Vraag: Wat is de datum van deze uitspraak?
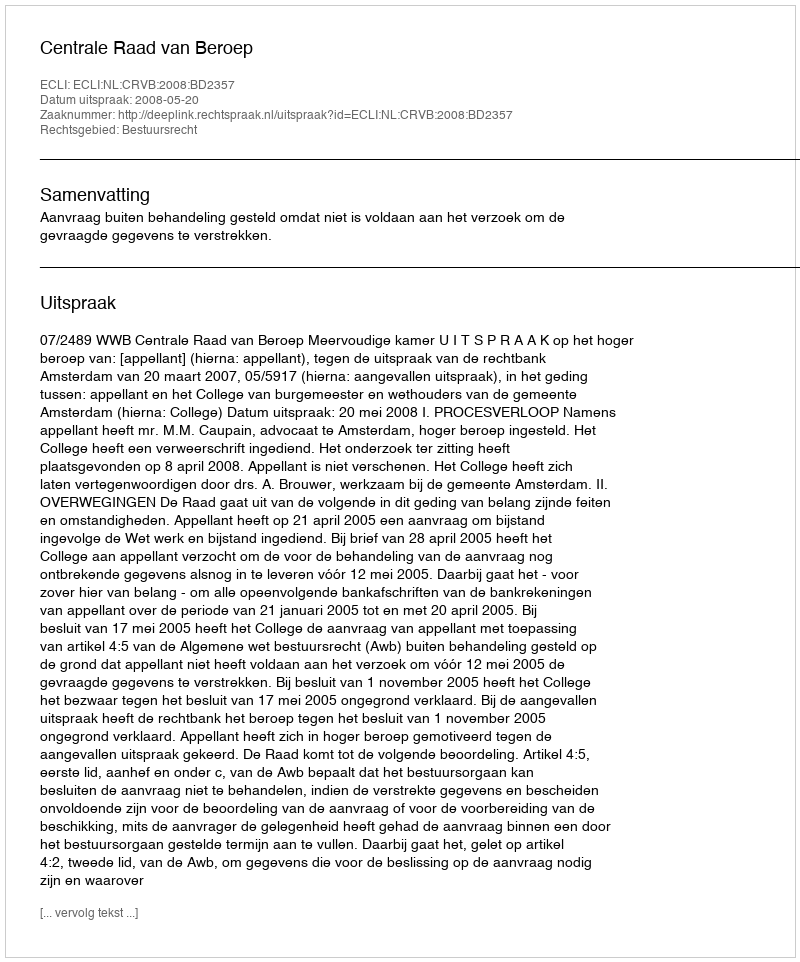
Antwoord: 2008-05-20